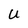
Character: U